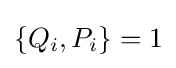
\{Q_{i},P_{i}\}=1